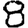
Digit: 8